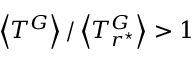
\left< T ^ { G } \right> / \left< T _ { r ^ { \star } } ^ { G } \right> > 1